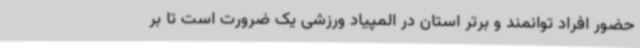
حضور افراد توانمند و برتر استان در المپیاد ورزشی یک ضرورت است تا بر